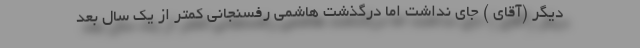
دیگر (آقای ) جای نداشت اما درگذشتِ هاشمی رفسنجانی کمتر از یک سال بعد